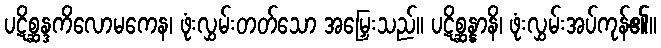
ပဋိစ္ဆန္ဒကိလောမကေန၊ ဖုံးလွှမ်းတတ်သော အမြှေးသည်။ ပဋိစ္ဆန္နာနိ၊ ဖုံးလွှမ်းအပ်ကုန်၏။